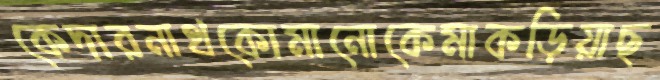
কেদারনাথকোমানোকেমাকড়িয়াছ